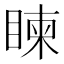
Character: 𥈵